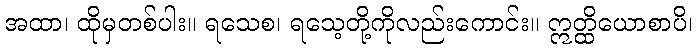
အထာ၊ ထိုမှတစ်ပါး။ ရသေစ၊ ရသေ့တို့ကိုလည်းကောင်း။ ဣတ္ထိယောစာပိ၊